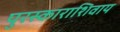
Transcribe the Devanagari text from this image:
पुरस्काराशिवाय